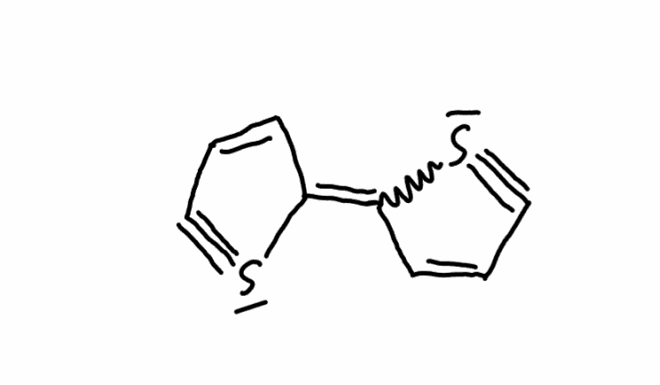
Simplified molecular-input line-entry system (SMILES) notation of the given molecule:
C1=CC(=C2C=CC#S2)S#C1